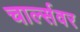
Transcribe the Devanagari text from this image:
चार्ल्सवर